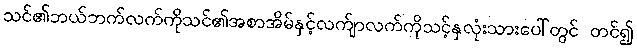
သင်၏ဘယ်ဘက်လက်ကိုသင်၏အစာအိမ်နှင့်လက်ျာလက်ကိုသင့်နှလုံးသားပေါ်တွင် တင်၍